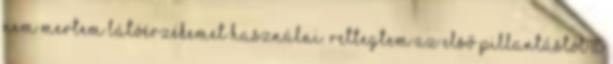
nem mertem látóérzékemet használni. Rettegtem az első pillantástól a